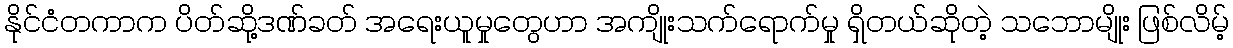
နိုင်ငံတကာက ပိတ်ဆို့ဒဏ်ခတ် အရေးယူမှုတွေဟာ အကျိုးသက်ရောက်မှု ရှိတယ်ဆိုတဲ့ သဘောမျိုး ဖြစ်လိမ့်